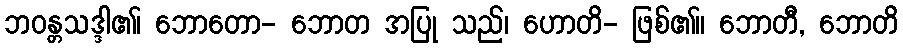
ဘဝန္တသဒ္ဒါ၏၊ ဘောတော- ဘောတ အပြု သည်၊ ဟောတိ- ဖြစ်၏။ ဘောတီ, ဘောတိ